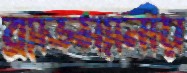
ব্র্যাডম্যানীয়